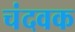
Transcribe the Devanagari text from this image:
चंदवक